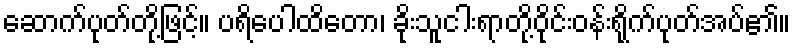
ဆောက်ပုတ်တို့ဖြင့်။ ပရိပေါထိတော၊ ခိုးသူငါးရာတို့ဝိုင်းဝန်းရိုက်ပုတ်အပ်၏။